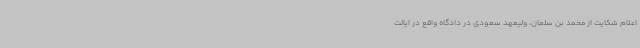
اعلام شکایت از محمد بن سلمان، ولیعهد سعودی در دادگاه واقع در ایالت